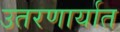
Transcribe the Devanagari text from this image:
उतरणार्यात